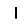
Digit: 1